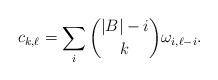
\begin{align*}c_{k,\ell}=\sum_i\binom{|B|-i}k\omega_{i,\ell-i}.\end{align*}